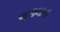
અજમાના